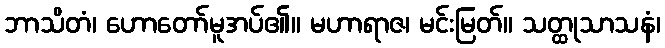
ဘာသိတံ၊ ဟောတော်မူအပ်၏။ မဟာရာဇ၊ မင်းမြတ်။ သတ္ထုသာသနံ၊